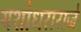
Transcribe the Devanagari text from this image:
यशोधराराजे